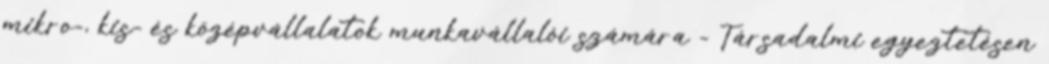
mikro-, kis- és középvállalatok munkavállalói számára - Társadalmi egyeztetésen